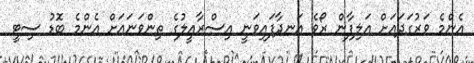
އެންމެ ވަރުގަދައަށް އަލިފާން ރޯވެ އަނދާފައިވަނީ އިސްރާއީލުގެ ތިންވަނައަށް އެންމެ ބޮޑު ސިޓީ